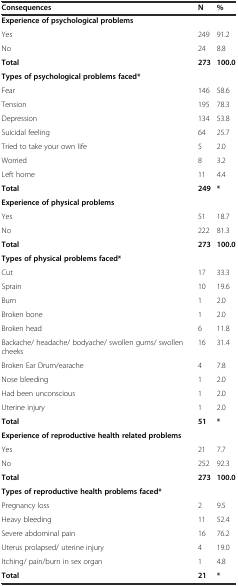
<table><thead><tr><td><b>Consequences</b></td><td><b>N</b></td><td><b>%</b></td></tr></thead><tbody><tr><td><b>Experience of psychological problems</b></td><td></td><td></td></tr><tr><td>Yes</td><td>249</td><td>91.2</td></tr><tr><td>No</td><td>24</td><td>8.8</td></tr><tr><td><b>Total</b></td><td><b>273</b></td><td><b>100.0</b></td></tr><tr><td><b>Types of psychological problems faced*</b></td><td></td><td></td></tr><tr><td>Fear</td><td>146</td><td>58.6</td></tr><tr><td>Tension</td><td>195</td><td>78.3</td></tr><tr><td>Depression</td><td>134</td><td>53.8</td></tr><tr><td>Suicidal feeling</td><td>64</td><td>25.7</td></tr><tr><td>Tried to take your own life</td><td>5</td><td>2.0</td></tr><tr><td>Worried</td><td>8</td><td>3.2</td></tr><tr><td>Left home</td><td>11</td><td>4.4</td></tr><tr><td><b>Total</b></td><td><b>249</b></td><td><b>*</b></td></tr><tr><td><b>Experience of physical problems</b></td><td></td><td></td></tr><tr><td>Yes</td><td>51</td><td>18.7</td></tr><tr><td>No</td><td>222</td><td>81.3</td></tr><tr><td><b>Total</b></td><td><b>273</b></td><td><b>100.0</b></td></tr><tr><td><b>Types of physical problems faced*</b></td><td></td><td></td></tr><tr><td>Cut</td><td>17</td><td>33.3</td></tr><tr><td>Sprain</td><td>10</td><td>19.6</td></tr><tr><td>Burn</td><td>1</td><td>2.0</td></tr><tr><td>Broken bone</td><td>1</td><td>2.0</td></tr><tr><td>Broken head</td><td>6</td><td>11.8</td></tr><tr><td>Backache/ headache/ bodyache/ swollen gums/ swollen cheeks</td><td>16</td><td>31.4</td></tr><tr><td>Broken Ear Drum/earache</td><td>4</td><td>7.8</td></tr><tr><td>Nose bleeding</td><td>1</td><td>2.0</td></tr><tr><td>Had been unconscious</td><td>1</td><td>2.0</td></tr><tr><td>Uterine injury</td><td>1</td><td>2.0</td></tr><tr><td><b>Total</b></td><td><b>51</b></td><td><b>*</b></td></tr><tr><td><b>Experience of reproductive health related problems</b></td><td></td><td></td></tr><tr><td>Yes</td><td>21</td><td>7.7</td></tr><tr><td>No</td><td>252</td><td>92.3</td></tr><tr><td><b>Total</b></td><td><b>273</b></td><td><b>100.0</b></td></tr><tr><td><b>Types of reproductive health problems faced*</b></td><td></td><td></td></tr><tr><td>Pregnancy loss</td><td>2</td><td>9.5</td></tr><tr><td>Heavy bleeding</td><td>11</td><td>52.4</td></tr><tr><td>Severe abdominal pain</td><td>16</td><td>76.2</td></tr><tr><td>Uterus prolapsed/ uterine injury</td><td>4</td><td>19.0</td></tr><tr><td>Itching/ pain/burn in sex organ</td><td>1</td><td>4.8</td></tr><tr><td><b>Total</b></td><td><b>21</b></td><td><b>*</b></td></tr></tbody></table>